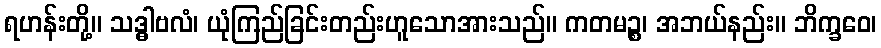
ရဟန်းတို့။ သဒ္ဓါဗလံ၊ ယုံကြည်ခြင်းတည်းဟူသောအားသည်။ ကတမဉ္စ၊ အဘယ်နည်း။ ဘိက္ခဝေ၊